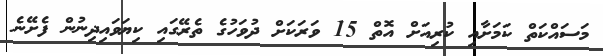
މަސައްކަތް ކަމަށާއި ކުރިއަށް އޮތް 15 ވަރަކަށް ދުވަހުގެ ތެރޭގައި ކިޔަވައިދިނުން ފެށޭނެ